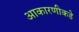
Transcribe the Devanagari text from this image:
आकारणीकडे